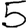
Digit: 5